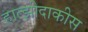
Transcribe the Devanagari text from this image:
हात्झीदाकीस